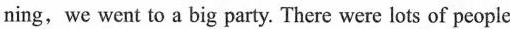
ning, we went to a big party. There were lots of people